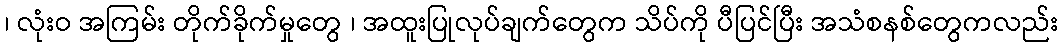
၊ လုံးဝ အကြမ်း တိုက်ခိုက်မှုတွေ ၊ အထူးပြုလုပ်ချက်တွေက သိပ်ကို ပီပြင်ပြီး အသံစနစ်တွေကလည်း